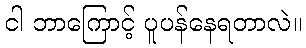
ငါ ဘာကြောင့် ပူပန်နေရတာလဲ။